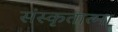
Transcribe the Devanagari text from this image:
संस्कृतात्मा